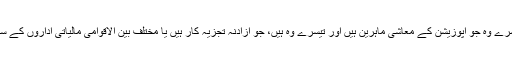
ایک وہ جو حکومتی ماہرین معاشیات کی چھوٹی سی ٹیم ہے، دوسرے وہ جو اپوزیشن کے معاشی ماہرین ہیں اور تیسرے وہ ہیں، جو آزادنہ تجزیہ کار ہیں یا مختلف بین الاقوامی مالیاتی اداروں کے ساتھ کام کرتے ہیں یا یونیورسٹیز میں معاشیات کی تعلیم دیتے ہیں۔